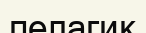
пелагик